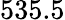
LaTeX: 535.5